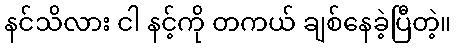
နင်သိလား ငါ နင့်ကို တကယ် ချစ်နေခဲ့ပြီတဲ့။